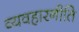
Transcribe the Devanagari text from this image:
व्यवहारनीति